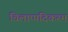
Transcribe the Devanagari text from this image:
चिलाप्पदिकरम